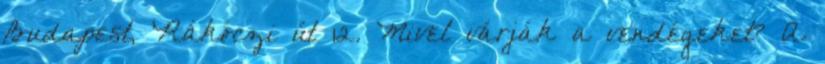
Budapest, Rákóczi út 12. Mivel várják a vendégeket? A